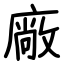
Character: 廠